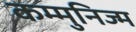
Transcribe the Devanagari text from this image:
कम्मुनिज्म